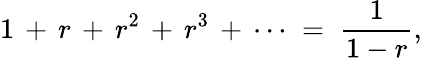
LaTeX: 1\, +\, r\, +\, r^{2}\, +\, r^{3}\, +\, \cdots\; =\; {\frac{1}{1-r}},